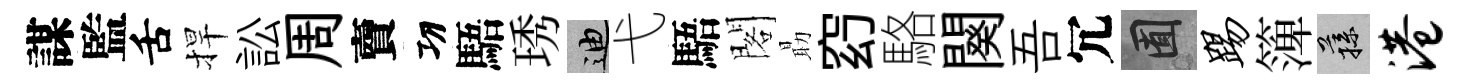
謀監舌捍訟周𧶠㓛䮏琇迪弋䮏閣朂𥥆駱闋吾冗囿踢𥱼蓀港